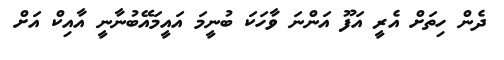
ދެން ހިތަށް އެރީ އަފޫ އަންނަ ވާހަކަ ބުނީމަ އައީމައޭބުނާނީ އާއިކް އަށް